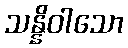
သန္နိဝါသော